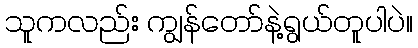
သူကလည်း ကျွန်တော်နဲ့ရွယ်တူပါပဲ။